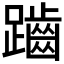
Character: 𪘏